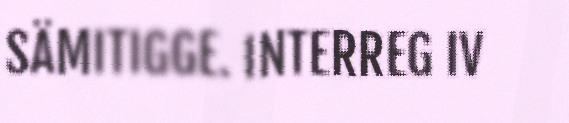
SÄMITIGGE. INTERREG IV